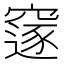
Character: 䆳